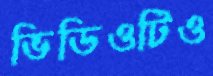
ভিডিওটিও